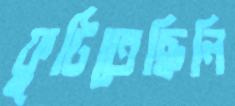
ফুটিতেছিলি